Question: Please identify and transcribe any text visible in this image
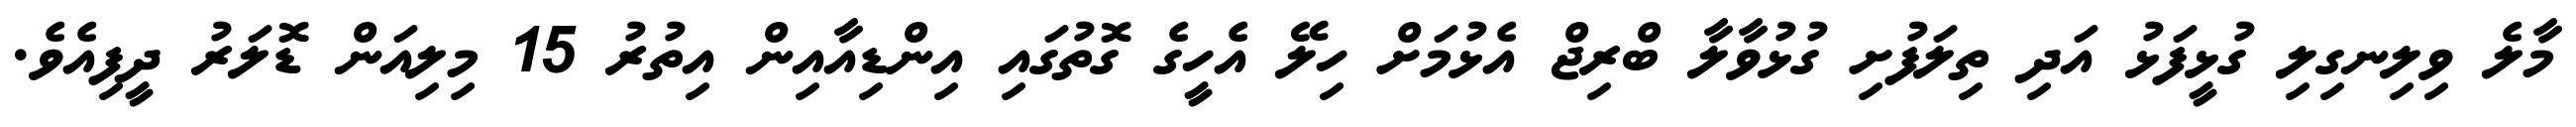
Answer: މާލެ ވިލިނގިލި ގުޅީފަޅު އަދި ތިލަފުށި ގުޅުވާލާ ބްރިޖް އެޅުމަށް ހިލޭ އެހީގެ ގޮތުގައި އިންޑިއާއިން އިތުރު 15 މިލިއަން ޑޮލަރު ދީފިއެވެ.